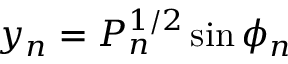
y _ { n } = P _ { n } ^ { 1 / 2 } \sin \phi _ { n }